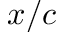
x / c